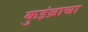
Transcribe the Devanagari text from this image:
कुइंब्राचा